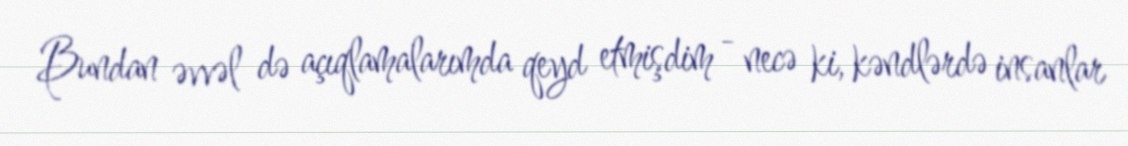
Bundan əvvəl də açıqlamalarımda qeyd etmişdim - necə ki, kəndlərdə insanlar